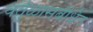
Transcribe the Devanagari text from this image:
वर्तुळासंबंधित